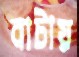
বাটায়